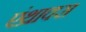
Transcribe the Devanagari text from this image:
एंथ्राक्स